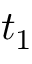
t _ { 1 }